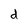
Character: d